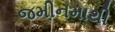
જમીનમાથી